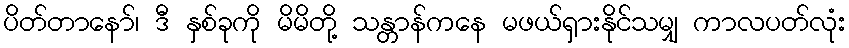
ပိတ်တာနော်၊ ဒီ နှစ်ခုကို မိမိတို့ သန္တာန်ကနေ မဖယ်ရှားနိုင်သမျှ ကာလပတ်လုံး